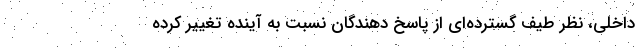
داخلی، نظر طیف گسترده‌ای از پاسخ دهندگان نسبت به آینده تغییر کرده